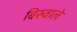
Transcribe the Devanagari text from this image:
बिरुवाले